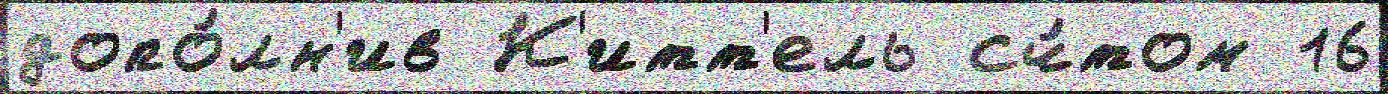
допо́лн'ив К'итт'ель сч́том 16